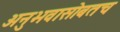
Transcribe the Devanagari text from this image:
अनुभवासोबतच